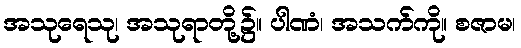
အသုရေသု၊ အသုရာတို့၌။ ပါဏံ၊ အသက်ကို။ စဇာမ၊